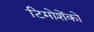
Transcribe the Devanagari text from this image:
टिमोशेंको